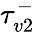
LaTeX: \tau_{v2}^{-}